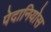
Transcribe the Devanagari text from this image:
पेदानियोस